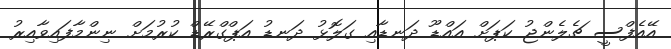
އޭއެފްސީ ޗެލެންޖު ކަޕަށް އައްޑޫ ދަނޑާއި ގަލޮޅު ދަނޑު އަޕްގްރޭޑް ކުރުމަށް ނިންމާފައިވާއިރު